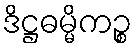
ဒိဋ္ဌဓမ္မိကဉ္စ